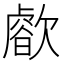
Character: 𣤝